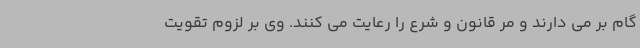
گام بر می دارند و مر قانون و شرع را رعایت می کنند. وی بر لزوم تقویت